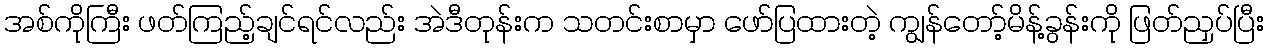
အစ်ကိုကြီး ဖတ်ကြည့်ချင်ရင်လည်း အဲဒီတုန်းက သတင်းစာမှာ ဖော်ပြထားတဲ့ ကျွန်တော့်မိန့်ခွန်းကို ဖြတ်ညှပ်ပြီး